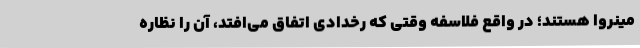
مینروا هستند؛ در واقع فلاسفه وقتی که رخدادی اتفاق می‌افتد، آن را نظاره